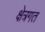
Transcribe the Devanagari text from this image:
क्षेत्रगत